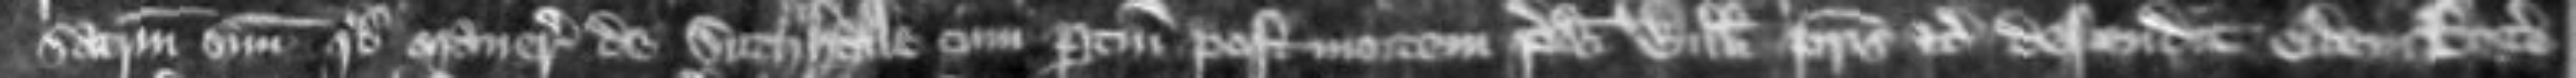
sacramenturn suum quod manerium de Suthalle cum pertinenciis post mortem predicti Willelmi patris etc descendit eidern Rogero